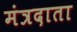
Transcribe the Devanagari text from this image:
मंत्रदाता